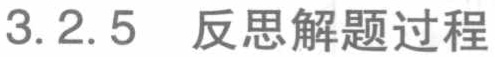
3.2.5 反思解题过程